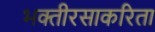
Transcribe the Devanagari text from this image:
भक्तीरसाकरिता